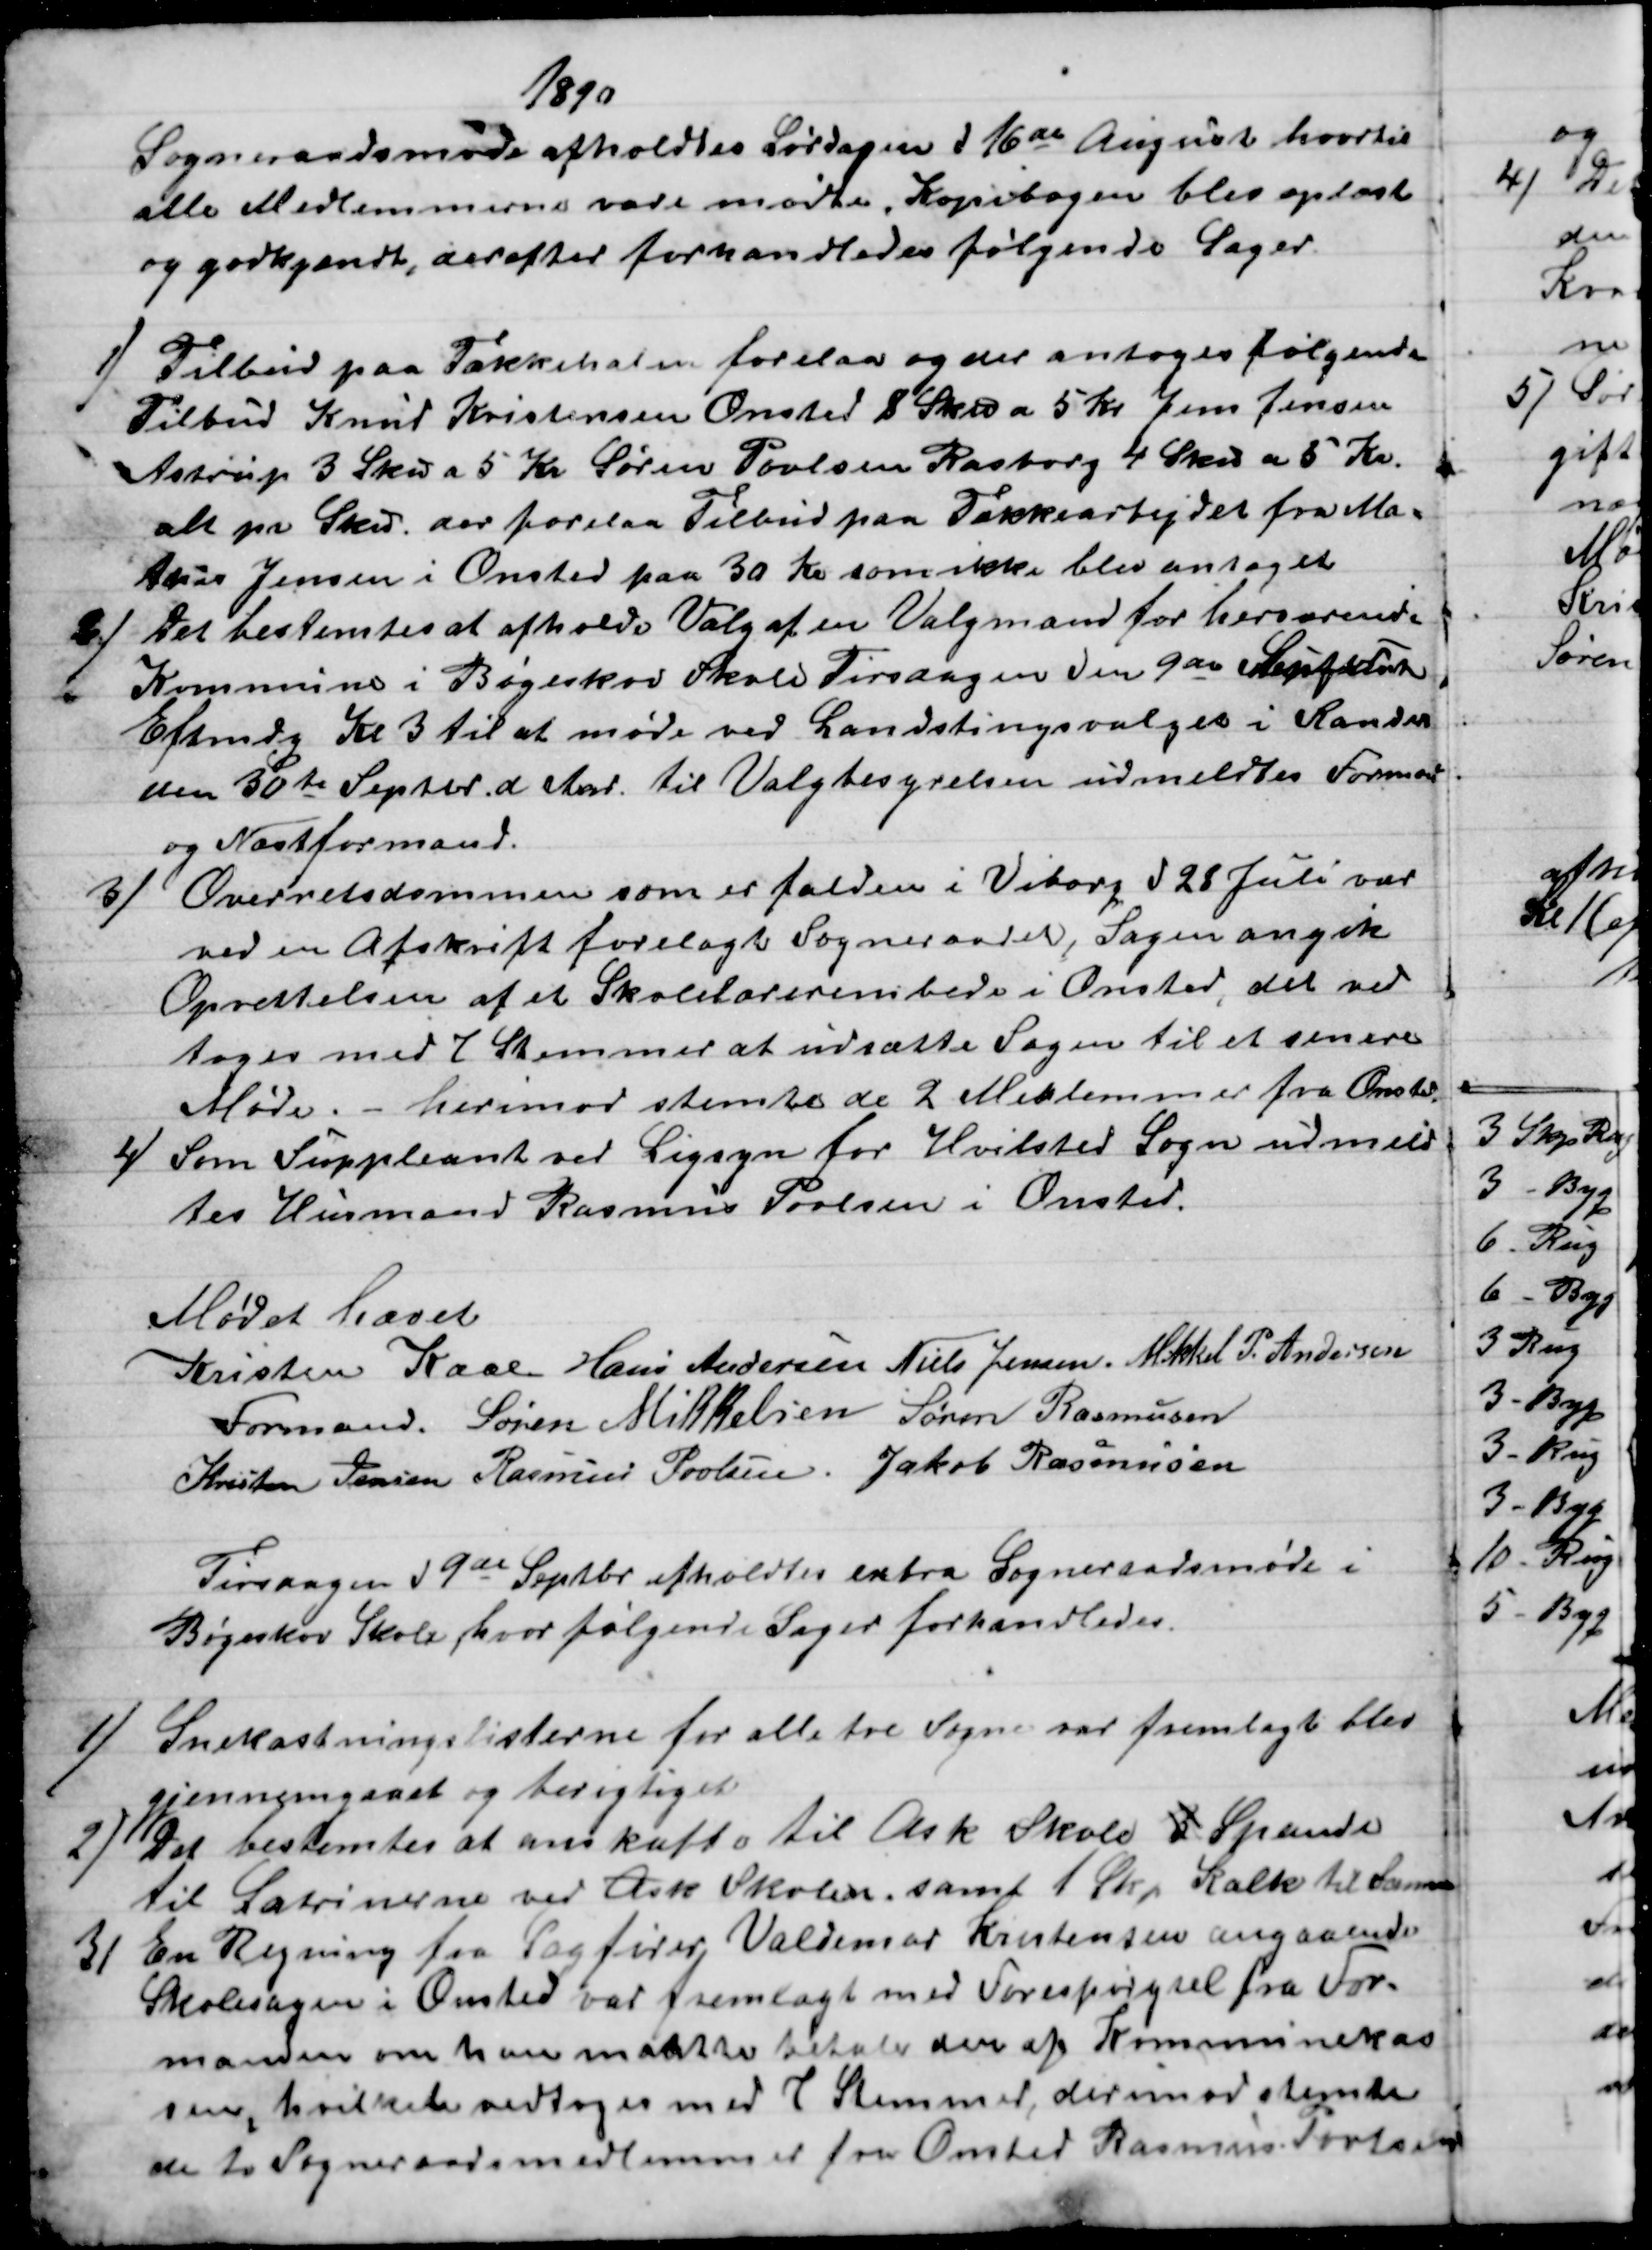
Transskription:
1890
Sogneraadsmøde afholdtes Lørdagen d 16de August hvortil
alle Medlemmerne vare mødte. Kopibogen blev oplæst
og godkjendt, derefter forhandledes følgende Sager.
1) Tilbud paa Tækkehalm forelaa og der antoges følgende
Tilbud Knud Kristensen Onsted 8 Sk℔ a 5 Kr. Jens Jensen
Astrup 3 Sk℔ a 5 Kr Søren Povlsen Rasborg 4 Sk℔ a 5 Kr.
alt pr Sk℔. der forelaa Tilbud paa Tækkearbejdet fra Ma-
thias Jensen i Onsted paa 30 Kr som ikke blev antaget
2) 
Det bestemtes at afholde Valg af en Valgmand for herværende
Kommune i Bøgeskov Skole Tirsdagen den 9de September
Eftmdg Kl 3 til at møde ved Landstingsvalget i Randers
den 30te Septbr. d Aar. til Valgbesyrelsen udmeldtes Formand
og Næstformand.
3) Overretsdommen som er falden i Viborg d 28 Juli var
ved en Afskrift forelagt Sogneraadet, Sagen angik
Oprettelsen af et Skolelærerembede i Onsted, det ved
toges med 7 Stemmer at udsætte Sagen til et senere
Møde. - herimod stemte de 2 Medlemmer fra Onsted.
4) Som Suppleant ved Ligsyn for Hvilsted Sogn udmeld
tes Husmand Rasmus Povlsen i Onsted.
Mødet hævet
Kristen Kaae 
Formand. 
Hans Andersen Niels Jensen Mikkel P. Andersen
Søren Mikkelsen Søren Rasmussen
Kristen Jensen Rasmus Povlsen Jakob Rasmussen
Tirsdagen d 9de Septbr afholdtes extra Sogneraadsmøde i
Bøgeskov Skole, hvor følgende Sager forhandledes.
1)  Snekastningslisterne for alle tre Sogne var fremlagt blev
gjennemgaaet og berigtiget
2)  Det bestemtes at anskaffe til Ask Skole 3 Spande
til Latrinerne ved Ask Skolen, samt 1 Skp Kalk til Samme
3) En Regning fra Sagfører Valdemar Kristensen angaaende
Skolesagen i Onsted var fremlagt med Forespørgsel fra For-
manden om han maatte betale den af Kommunekas
sen, hvilket vedtoges med 7 Stemmer, derimod stemte
de to Sogneraadsmedlemmer fra Onsted Rasmus Povlsen